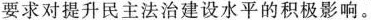
要求对提升民主法治建设水平的积极影响。